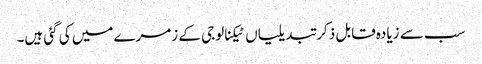
سب سے زیادہ قابل ذکر تبدیلیاں ٹیکنالوجی کے زمرے میں کی گئی ہیں۔